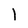
Character: 1